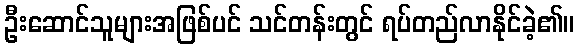
ဦးဆောင်သူများအဖြစ်ပင် သင်တန်းတွင် ရပ်တည်လာနိုင်ခဲ့၏။